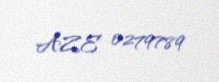
AZE 0279789